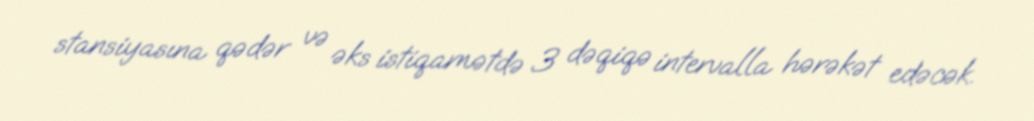
stansiyasına qədər və əks istiqamətdə 3 dəqiqə intervalla hərəkət edəcək.